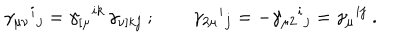
\gamma _ { \mu \nu } { } ^ { i } { } _ { j } = \gamma _ { [ \mu } { } ^ { i k } \, \gamma _ { \nu ] k j } \ ; \qquad \gamma _ { 2 \mu } { } ^ { i } { } _ { j } = - \gamma _ { \mu 2 } { } ^ { i } { } _ { j } = \gamma _ { \mu } { } ^ { i j } \ .